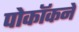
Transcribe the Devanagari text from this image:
पोकॉकने